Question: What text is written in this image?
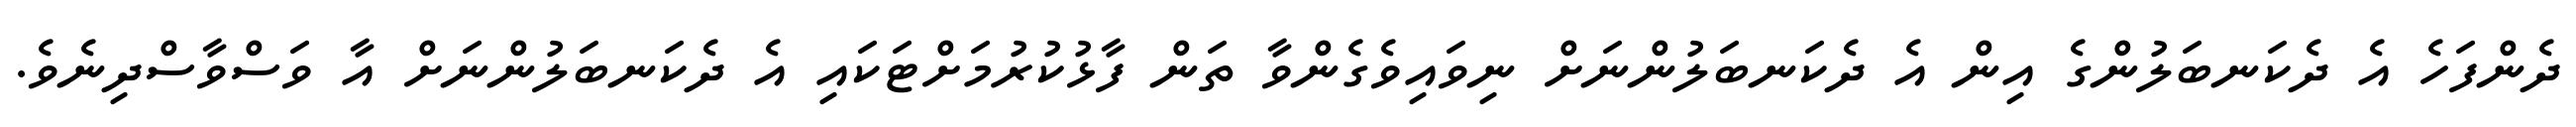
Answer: ދެންފަހެ އެ ދެކަނބަލުންގެ އިން އެ ދެކަނބަލުންނަށް ނިވައިވެގެންވާ ތަން ފާޅުކުރުމަށްޓަކައި އެ ދެކަނބަލުންނަށް އާ ވަސްވާސްދިނެވެ.